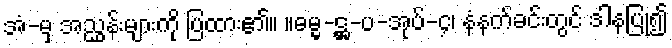
အံ-မှ အညွှန်းများကို ပြထား၏။ ။ဓမ္မ-ဋ္ဌ-ပ-အုပ်-၄၊ နံနက်ခင်းတွင် ဒါနပြု၍